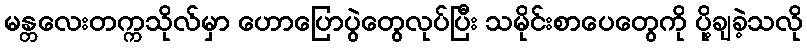
မန္တလေးတက္ကသိုလ်မှာ ဟောပြောပွဲတွေလုပ်ပြီး သမိုင်းစာပေတွေကို ပို့ချခဲ့သလို